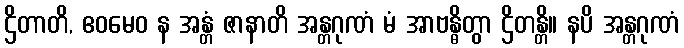
ဌိတာတိ, ဧဝမေဝ န အန္တံ ဇာနာတိ အန္တဂုဏံ မံ အာဗန္ဓိတွာ ဌိတန္တိ။ နပိ အန္တဂုဏံ